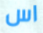
اس